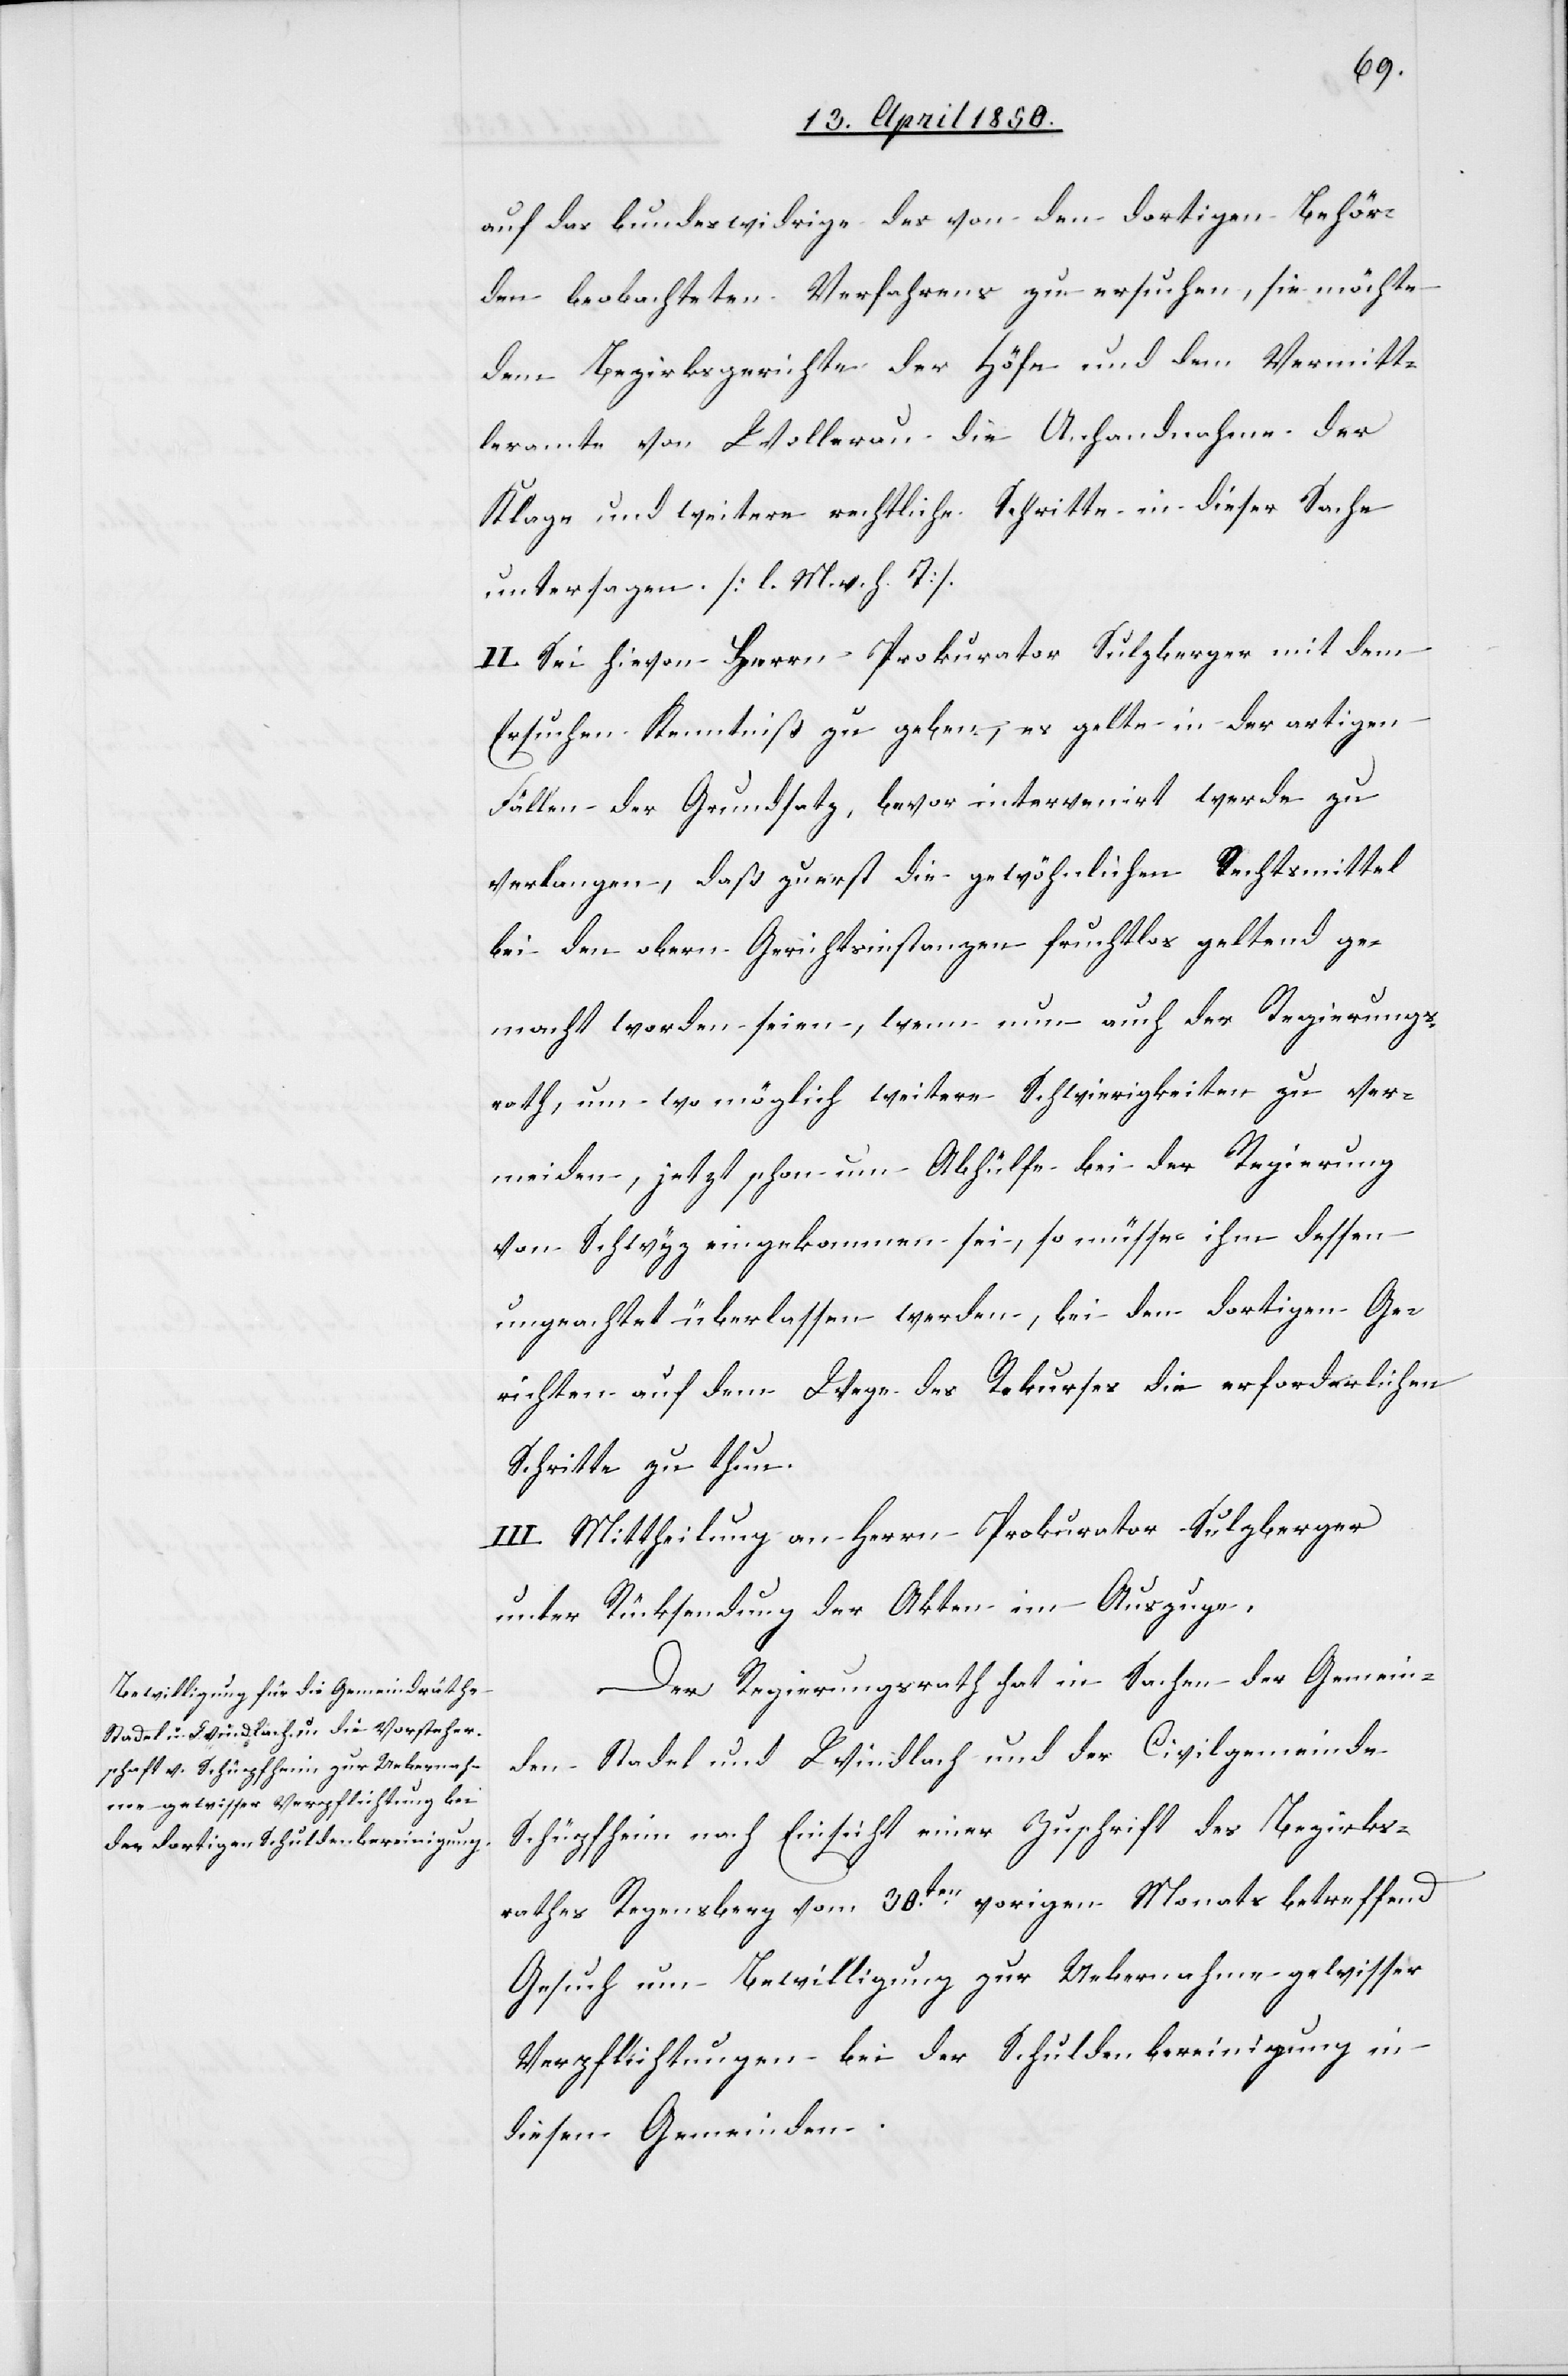
auf das bundeswidrige des von den dortigen Behör¬
den beobachteten Verfahrens zu ersuchen, sie möchte
dem Bezirksgerichte der Höfe und dem Vermitt¬
leramte von Wollerau die Anhandnahme der
Klage und weitere rechtliche Schritte in dieser Sache
untersagen [l. M. v. h. T].
II. Sei hievon Herrn Prokurator Sulzberger mit dem
Ersuchen Kenntniß zu geben, es gelte in der artigen
Fällen der Grundsatz, bevor intervenirt werde zu
verlangen, daß zuerst die gewöhnlichen Rechtsmittel
bei den obern Gerichtsinstanzen fruchtlos geltend ge¬
macht worden seien, wenn nun auch der Regierungs¬
rath, um wo möglich weitere Schwierigkeiten zu ver¬
meiden, jetzt schon um Abhülfe bei der Regierung
von Schwyz eingekommen sei, so müsse ihm dessen
ungeachtet überlassen werden, bei den dortigen Ge¬
richten auf dem Wege des Rekurses die erforderlichen
Schritte zu thun.
III. Mittheilung an Herrn Prokurator Sulzberger
unter Rücksendung der Akten im Auszuge.
Der Regierungsrath hat in Sachen der Gemein¬
den Stadel und Windlach und der Civilgemeinde
Schüpfheim nach Einsicht einer Zuschrift des Bezirks¬
rathes Regensberg vom 30ten vorigen Monats betreffend
Gesuch um Bewilligung zur Uebernahme gewisser
Verpflichtungen bei der Schuldenbereinigung in
diesen Gemeinden